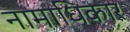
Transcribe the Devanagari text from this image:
नामाधिकार